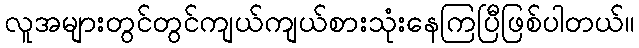
လူအများတွင်တွင်ကျယ်ကျယ်စားသုံးနေကြပြီဖြစ်ပါတယ်။